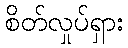
စိတ်လှုပ်ရှား